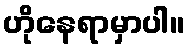
ဟိုနေရာမှာပါ။